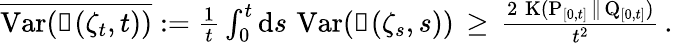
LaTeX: \begin{array}{r}{\overline{{\operatorname{Var}(\mathscr{v}(\zeta_{t},t))}}:=\frac{1}{t}\int_{0}^{t}\mathrm{d}s\, \operatorname{Var}(\mathscr{v}(\zeta_{s},s))\, \geq\, \frac{2\, \operatorname{K}(\operatorname{P}_{[0,t]}\| \operatorname{Q}_{[0,t]})}{t^{2}}\, .}\end{array}